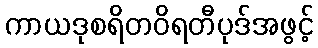
ကာယဒုစရိတဝိရတီပုဒ်အဖွင့်